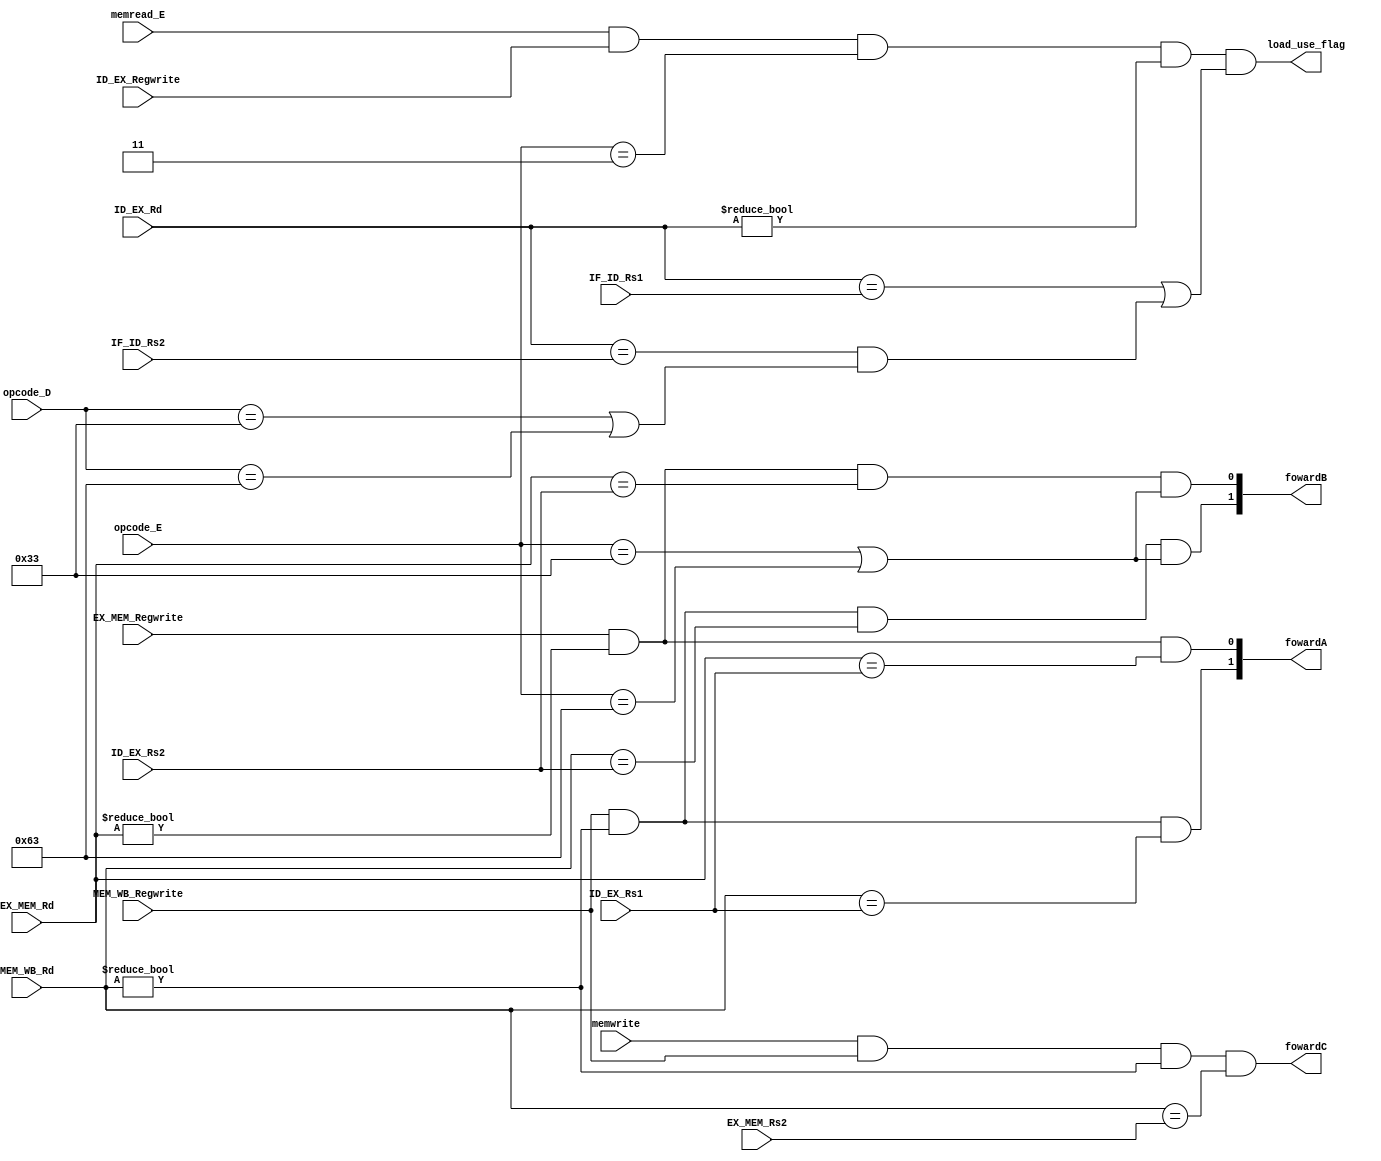
`timescale 1ns / 1ps
//////////////////////////////////////////////////////////////////////////////////
// Company: 
// Engineer: 
// 
// Design Name: 
// Module Name: foward_detecting
// Project Name: 
// Target Devices: 
// Tool Versions: 
// Description: 
// 
// Dependencies: 
// 
// Revision:
// Revision 0.01 - File Created
// Additional Comments:
// 
//////////////////////////////////////////////////////////////////////////////////


module foward_detecting # (
    parameter DATA_WIDTH = 32
) (
    input [6:0] opcode_E,
    input [6:0] opcode_D,
    input [DATA_WIDTH-1:0] ID_EX_Rs1,
    input [DATA_WIDTH-1:0] ID_EX_Rs2,
    input [DATA_WIDTH-1:0] EX_MEM_Rd,
    input [DATA_WIDTH-1:0] MEM_WB_Rd,
    input [DATA_WIDTH-1:0] EX_MEM_Rs2,
    input EX_MEM_Regwrite,
    input MEM_WB_Regwrite,
    input memwrite,
    output [1:0] fowardA,
    output [1:0] fowardB,
    output fowardC,
    input memread_E,
    input ID_EX_Regwrite,
    output load_use_flag,
    input [DATA_WIDTH-1:0] ID_EX_Rd,
    input [DATA_WIDTH-1:0] IF_ID_Rs1, IF_ID_Rs2
);
    assign fowardA[0] = (EX_MEM_Regwrite && (EX_MEM_Rd != 0) && (EX_MEM_Rd == ID_EX_Rs1));
    assign fowardA[1] = (MEM_WB_Regwrite && (MEM_WB_Rd != 0) && (MEM_WB_Rd == ID_EX_Rs1));
    
    assign fowardB[0] = (EX_MEM_Regwrite && (EX_MEM_Rd != 0) && (EX_MEM_Rd == ID_EX_Rs2) && (opcode_E == 7'b0110011 || opcode_E == 7'b1100011));
    assign fowardB[1] = (MEM_WB_Regwrite && (MEM_WB_Rd != 0) && (MEM_WB_Rd == ID_EX_Rs2) && (opcode_E == 7'b0110011 || opcode_E == 7'b1100011)); 
    //rs2
    
    assign fowardC = (memwrite && MEM_WB_Regwrite && (MEM_WB_Rd != 0) && (MEM_WB_Rd == EX_MEM_Rs2));
    
    assign load_use_flag = (memread_E == 1 && ID_EX_Regwrite == 1 && opcode_E == 7'b0000011 && (ID_EX_Rd != 0) &&
        (
            (ID_EX_Rd == IF_ID_Rs1) || 
            (ID_EX_Rd == IF_ID_Rs2 && (opcode_D == 7'b0110011 || opcode_D == 7'b1100011))
        )
    );
 
endmodule